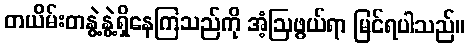
တယိမ်းတနွဲ့နွဲ့ရှိနေကြသည်ကို အံ့ဩဖွယ်ရာ မြင်ရပါသည်။